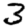
Digit: 3